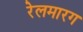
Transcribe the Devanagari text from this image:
रेलमारग